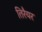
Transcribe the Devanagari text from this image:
तिरैयर